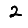
Digit: 2